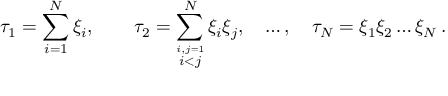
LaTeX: \tau _ { 1 } = \sum _ { i = 1 } ^ { N } \xi _ { i } , \qquad \tau _ { 2 } = \sum _ { \stackrel { i , j = 1 } { i < j } } ^ { N } \xi _ { i } \xi _ { j } , \quad \ldots , \quad \tau _ { N } = \xi _ { 1 } \xi _ { 2 } \ldots \xi _ { N } \, .